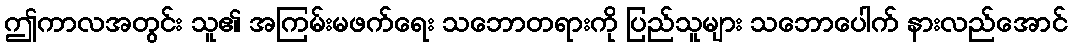
ဤကာလအတွင်း သူ၏ အကြမ်းမဖက်ရေး သဘောတရားကို ပြည်သူများ သဘောပေါက် နားလည်အောင်